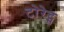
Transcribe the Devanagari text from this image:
टोरेट्स